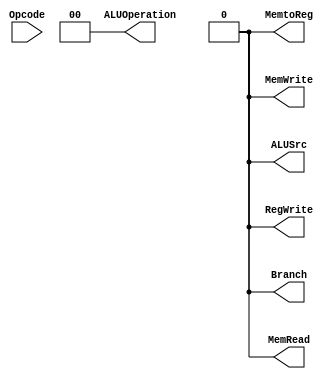
module Control(
	input Opcode,
	output Branch, MemRead, MemtoReg, MemWrite, ALUSrc, RegWrite,
	output [1:0] ALUOperation);

assign Branch = (Opcode == 7'b1100011);
assign MemRead = (Opcode == 7'b0000011);
assign MemtoReg = (Opcode == 7'b0000011);
assign MemWrite = (Opcode == 7'b0100011);
assign ALUSrc = (Opcode == 7'b0100011 || Opcode == 7'b0000011);
assign RegWrite = (Opcode == 7'b0110011 || Opcode == 7'b0000011);
assign ALUOperation[0] = (Opcode == 7'b1100011);
assign ALUOperation[1] = (Opcode == 7'b0110011);

endmodule